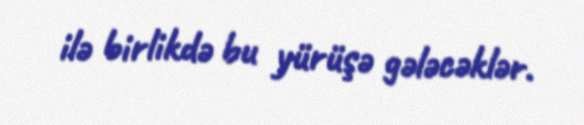
ilə birlikdə bu yürüşə gələcəklər.